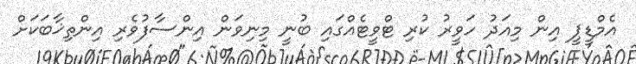
އެމްޑީޕީ އިން މިއަދު ހަވީރު ކުރި ޓްވީޓެއްގައި ބުނީ މިނިވަން އިންސާފުވެރި އިންތިޚާބަކަށް